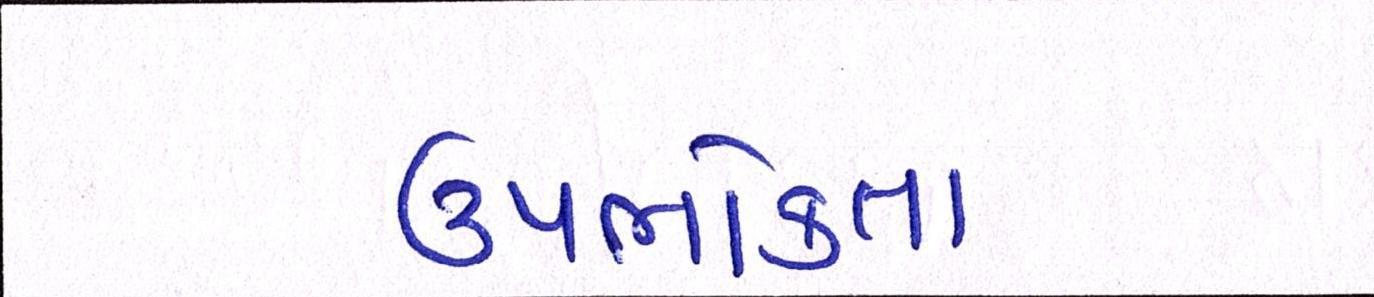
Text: ઉપભોક્તાઓના